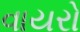
વાયરો